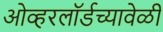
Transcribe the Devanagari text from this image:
ओव्हरलॉर्डच्यावेळी